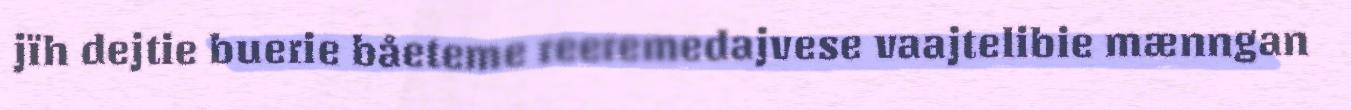
jïh dejtie buerie båeteme reeremedajvese vaajtelibie mænngan